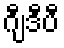
ဂျီဒီပီ